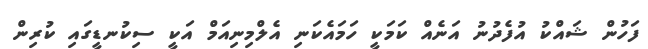
ފަހުން ޝައްކު އުފެދުނު އަނެއް ކަމަކީ ހަމައެކަނި އެލްމިނިއަމް އަކީ ސިކުނޑީގައި ކުރިން